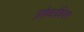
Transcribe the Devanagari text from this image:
प्रॉक्टोडियम